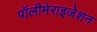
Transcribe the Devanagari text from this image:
पॉलीमेराइजेशन